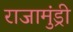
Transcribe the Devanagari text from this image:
राजामुंड्री